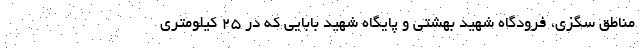
مناطق سگزی، فرودگاه شهید بهشتی و پایگاه شهید بابایی که در ۲۵ کیلومتری